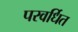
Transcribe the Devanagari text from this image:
परवर्धित